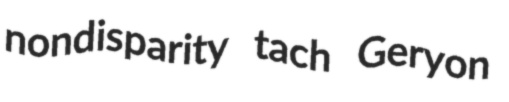
nondisparity tach Geryon